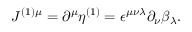
J ^ { ( 1 ) \mu } = \partial ^ { \mu } \eta ^ { ( 1 ) } = \epsilon ^ { \mu \nu \lambda } \partial _ { \nu } \beta _ { \lambda } .